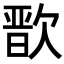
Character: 𭭒